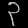
Digit: ၃